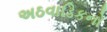
અઠવાડિકનો